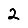
Digit: 2